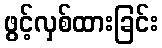
ဖွင့်လှစ်ထားခြင်း